Leningradi_Edasi_toimetus, lk 10
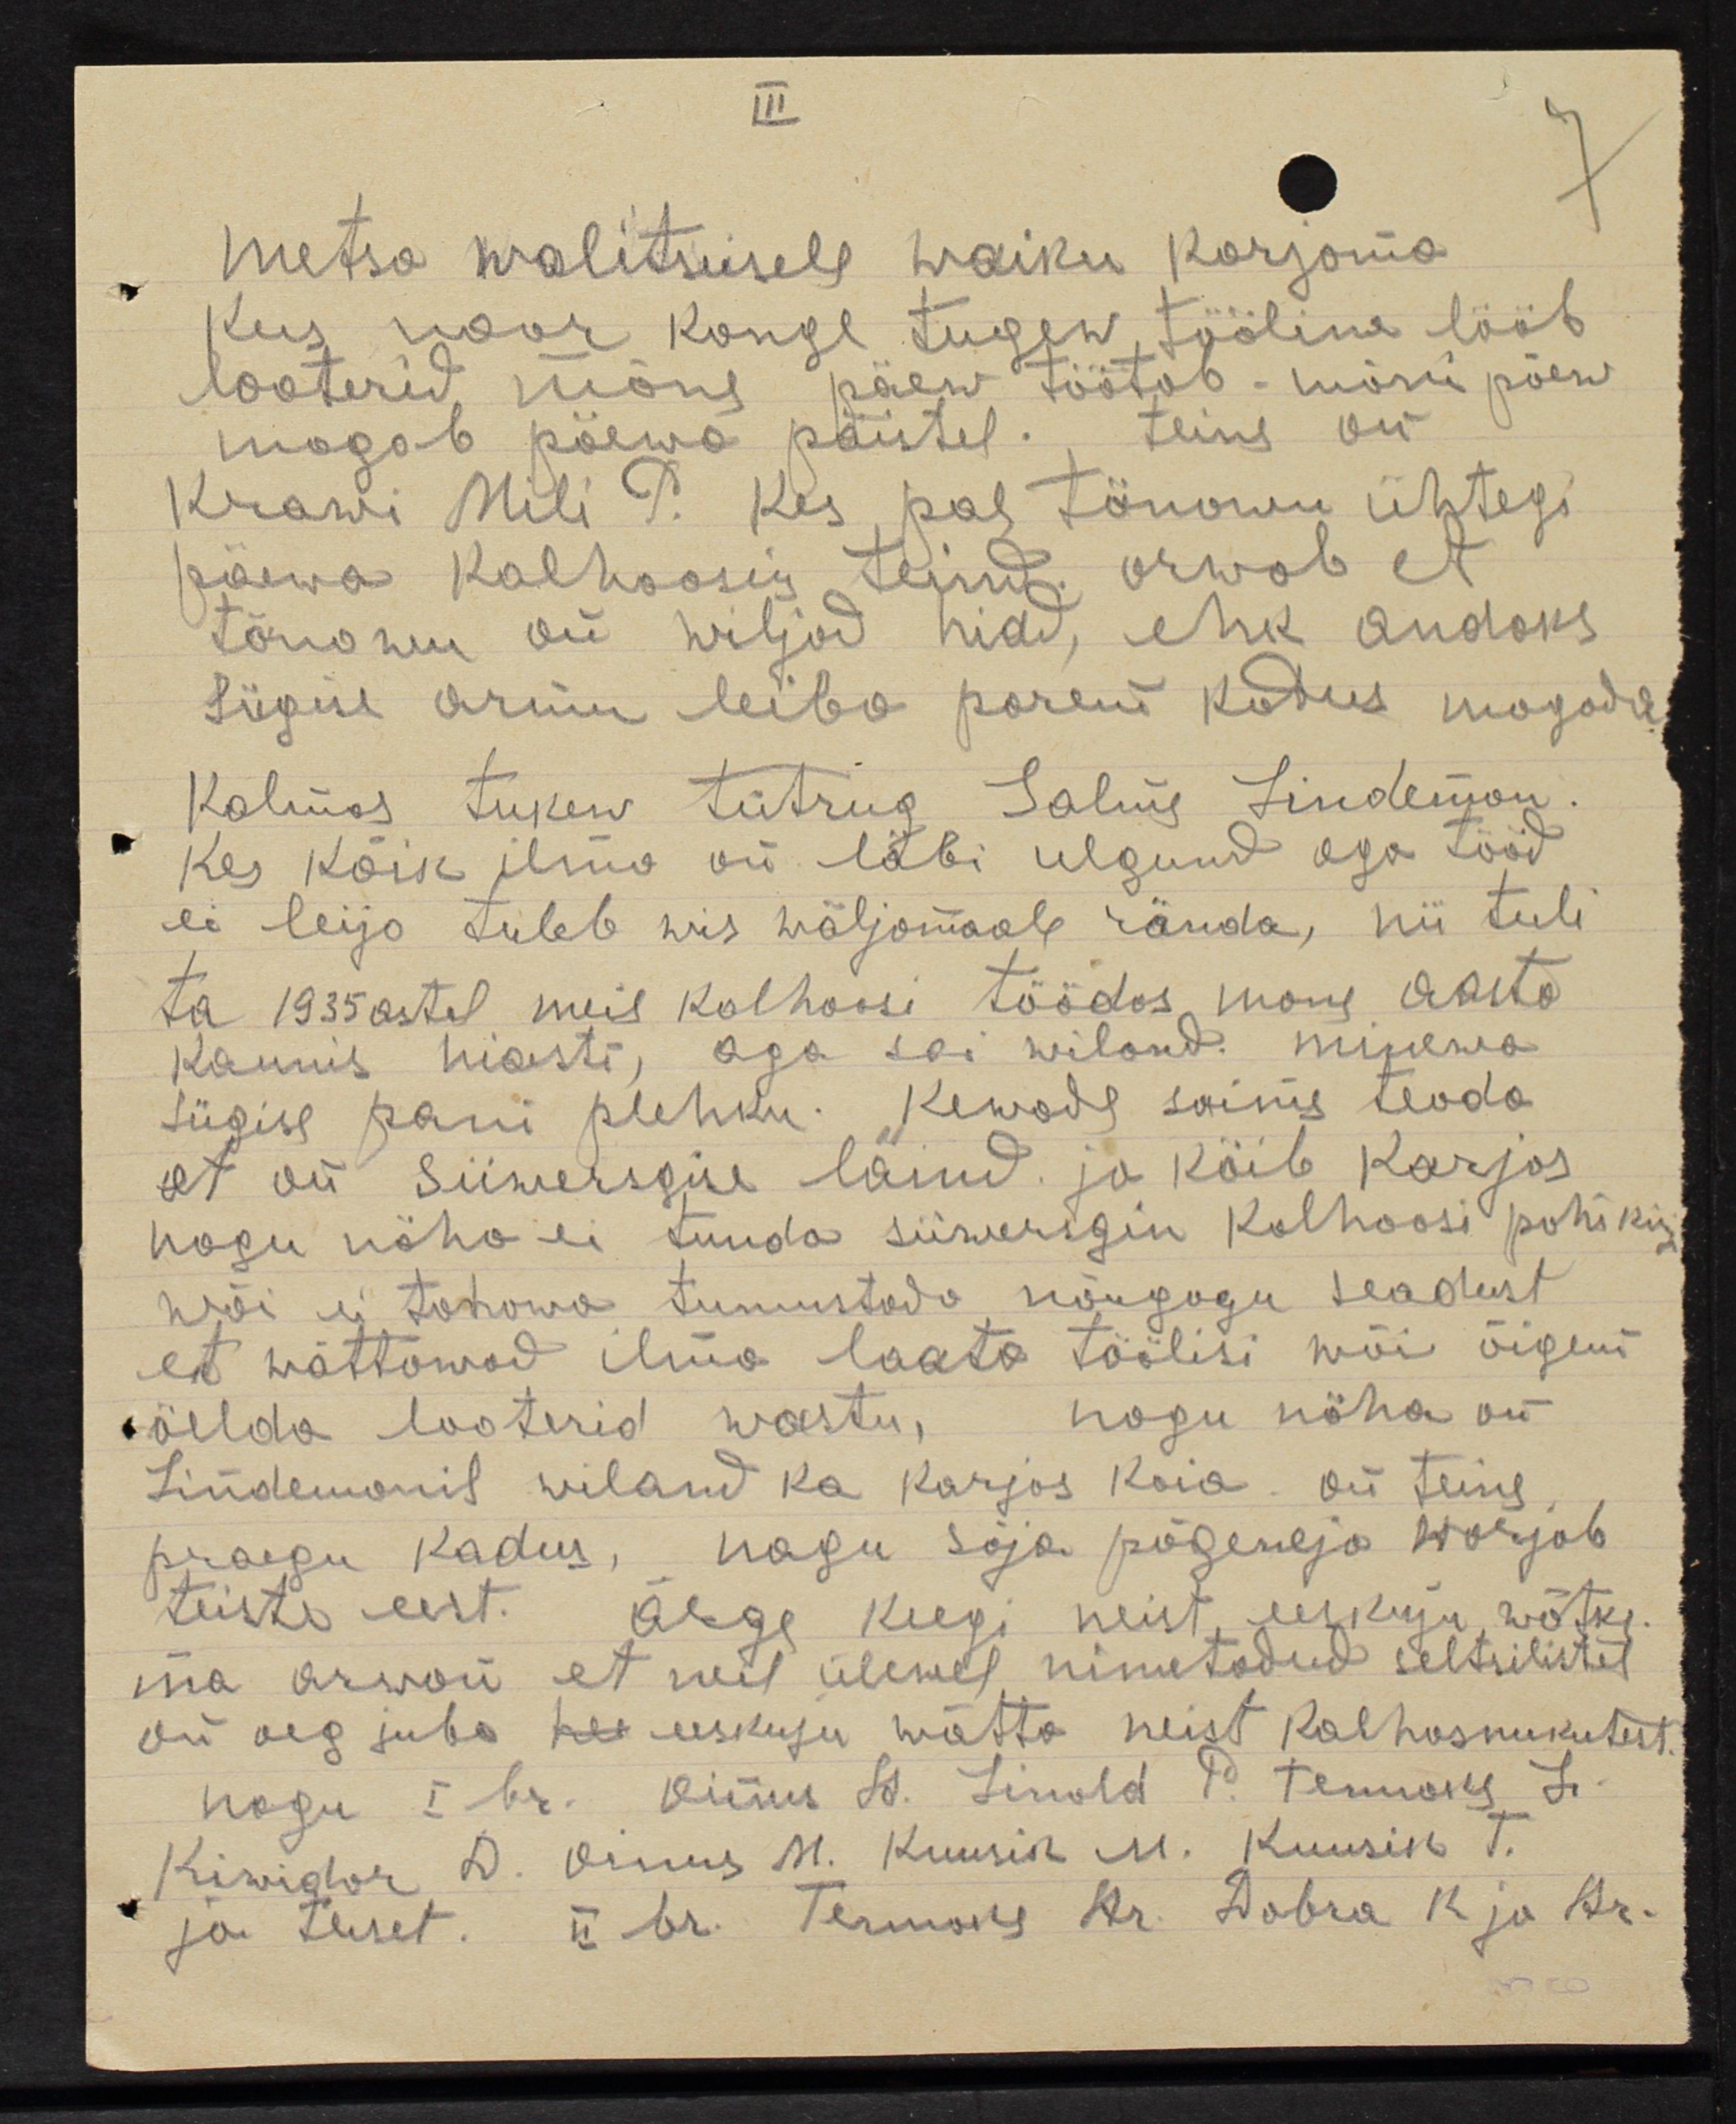
III

7

metsa walitsusele waiku korjama
Kus noor kange tugew, tööline lööb
looterid mõne päew töötab-mõni päew
magab päewa päistel. Teine on
Krawi Mili P. Kes, pol tänawu ühtegi
päewa Kolhoosis teinud, arwab et
tõusnu on wiljad hiad, ehk andoks
Sügise armu leiba parem kohus magada
Kolmas tukew tütrug Salme Lindenson.
Kes kõik ilma on läbi ulguud aga tööd
ei leijo tuleb wis wäljamaale rända, nii tuli
ta 1935 astal meil kolhoosi töödas mõne aasta
kaunis hiasti, aga sai wiland. minewa
sügise pani plehku. Kewade saime teada
et on Siiwerssgise läinud ja käib karjas
nagu näha ei tunda siiwerisin kolhoosi pohikis
h,õi ei tahawa tunnistada nõugogu seadust
et wõttawad ilma loata töölisi wõi õigem
öelda looterid wastu, nagu näha on
Lindemanil wiland ka karjas käia. on teine
praegu kadus, nagu sõja põgenega warjab
teiste eest. Ärge keegi neist, eeskuju wõtke
ma arwasin et neil ülewal nimetatud seltsilistel
on aeg juba see eeskuju wõtta neist kolhosnukutest.
nagu I hr. Viinas H. Linnald P. Temoks Li-
Kiwidor. D. Oinus M. Kuusik M. Ruusik T.
ja teiset. II br. Termoks Dr. Dobra k. ja Ar.